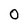
Character: 0